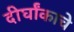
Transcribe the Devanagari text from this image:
दीर्घांकाचे